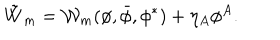
\tilde { W } _ { m } = { \cal W } _ { m } ( \phi , \bar { \phi } , \phi ^ { * } ) + \eta _ { A } \phi ^ { A } .